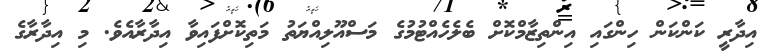
އިދާރީ ކަންކަން ހިންގައި އިންތިޒާމްކޮށް ބެލެހެއްޓުމުގެ މަސްއޫލިއްޔަތު މަތިކޮށްފައިވާ އިދާރާއެވެ. މި އިދާރާގެ